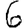
Digit: 6